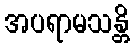
အပရာမသန္တိ